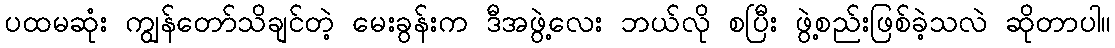
ပထမဆုံး ကျွန်တော်သိချင်တဲ့ မေးခွန်းက ဒီအဖွဲ့လေး ဘယ်လို စပြီး ဖွဲ့စည်းဖြစ်ခဲ့သလဲ ဆိုတာပါ။